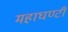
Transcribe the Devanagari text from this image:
महाघण्टी